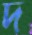
দ